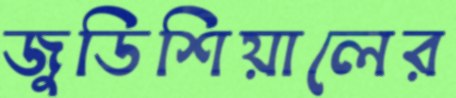
জুডিশিয়ালের